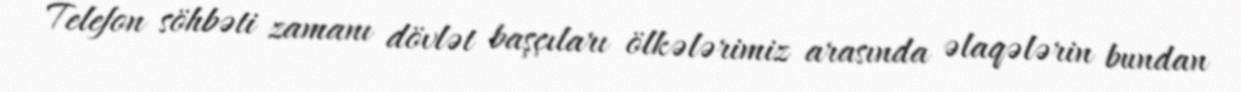
Telefon söhbəti zamanı dövlət başçıları ölkələrimiz arasında əlaqələrin bundan